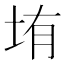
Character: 𰉦